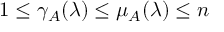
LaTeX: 1 \leq \gamma _ { A } ( \lambda ) \leq \mu _ { A } ( \lambda ) \leq n